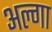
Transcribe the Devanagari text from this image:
अल्गा